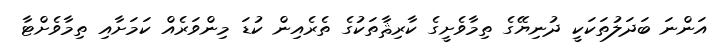
އަންނަ ބަދަލުތަކަކީ ދުނިޔޭގެ ތިމާވެށީގެ ކާރިޘާތަކުގެ ތެރެއިން ކުޑަ މިންވަރެއް ކަމަށާއި ތިމާވެށްޓާ